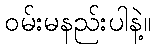
ဝမ်းမနည်းပါနဲ့။